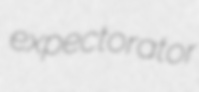
expectorator